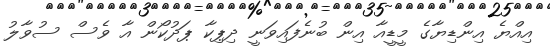
އިއްޔެ އިންޑިޔާގެ މީޑީއާ އިން ބުނެފައިވަނީ ދިޕިކާ ޕަދުކޯން އާ ވެސް ސުވާލު